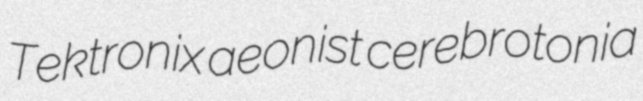
Tektronix aeonist cerebrotonia